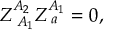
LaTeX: Z _ { \; A _ { 1 } } ^ { A _ { 2 } } Z _ { \; a } ^ { A _ { 1 } } = 0 ,